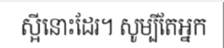
ស្អីនោះដែរ។ សូម្បីតែអ្នក